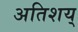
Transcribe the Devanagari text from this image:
अतिशय्